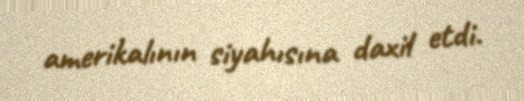
amerikalının siyahısına daxil etdi.